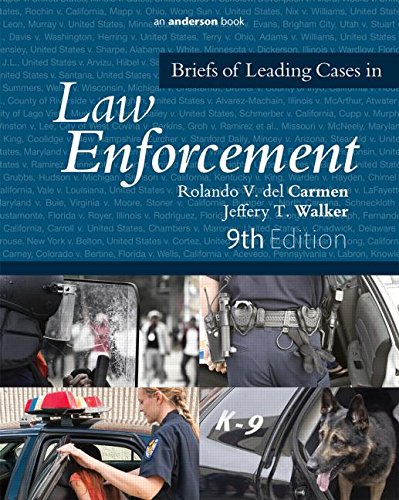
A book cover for Briefs of Leading Cases in Law Enforcement; Rolando V. del Carmen; Law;